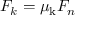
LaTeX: F _ { k } = \mu _ { \mathrm { k } } F _ { n }